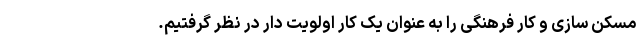
مسکن سازی و کار فرهنگی را به عنوان یک کار اولویت دار در نظر گرفتیم.